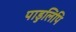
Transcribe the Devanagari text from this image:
पाडुलिपि